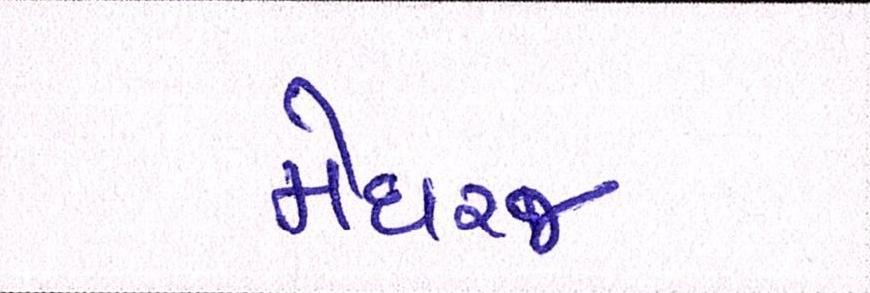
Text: મેઘરજ